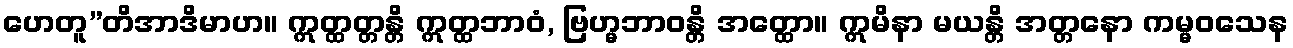
ဟေတူ”တိအာဒိမာဟ။ ဣတ္ထတ္တန္တိ ဣတ္ထဘာဝံ, ဗြဟ္မဘာဝန္တိ အတ္ထော။ ဣမိနာ မယန္တိ အတ္တနော ကမ္မဝသေန